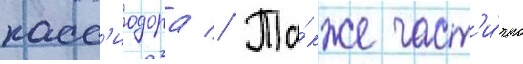
касс'иодора // Та́кже част'и́чно